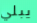
يبلي